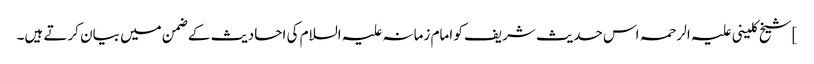
]شیخ کلینی علیہ الرحمہ اس حدیث شریف کو امام زمانہ علیہ السلام کی احادیث کے ضمن میں بیان کرتے ہیں۔